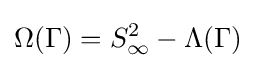
\Omega (\Gamma )=S_{\infty }^{2}-\Lambda (\Gamma )